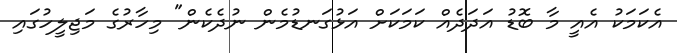
އެކަމަކު އެއީ މާ ބޮޑު އަދަދެއް ކަމަކަށް އަޅުގަނޑުމެން ނުދެކެން" މިހާރުގެ މަޖިލީހުގައި